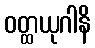
ဝတ္ထယုဂါနိ